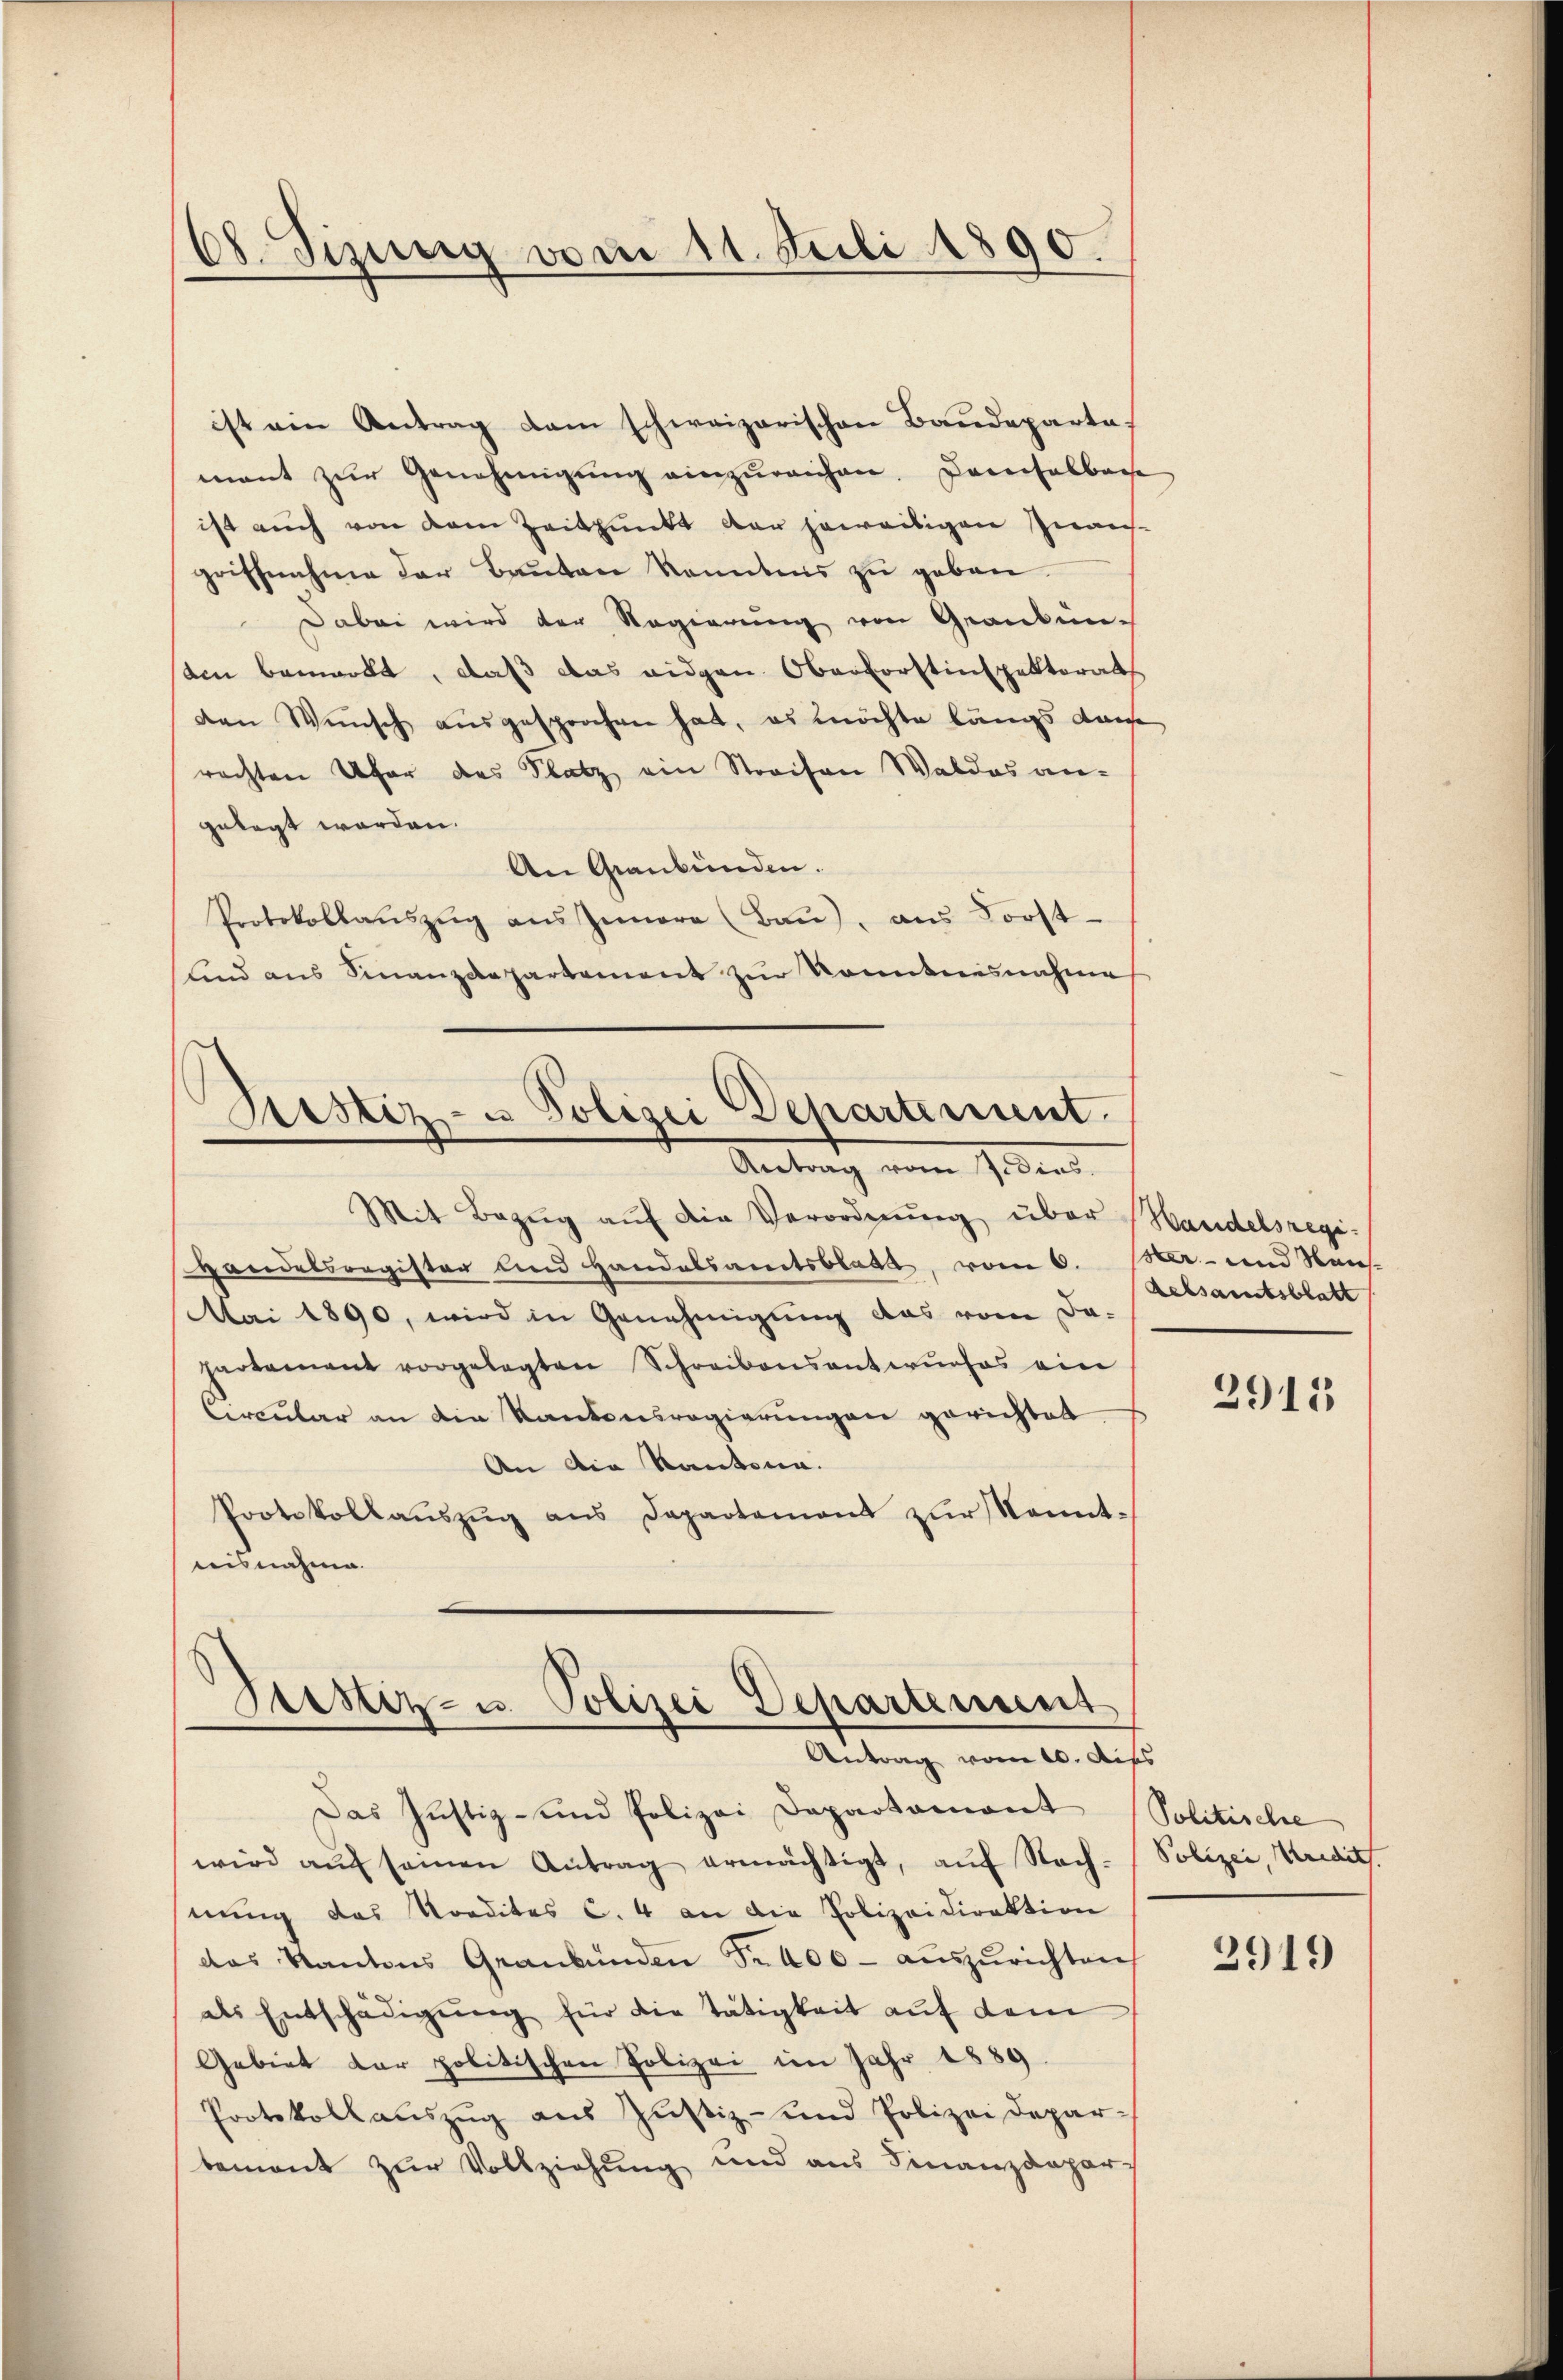
68. Sizung vom 11. Juli 1890.

ist ein Antrag dem schweizerischen Baudepartemant zŭr Genehmigŭng einzŭreichen. Dareifelbare
ist auch von dem Zeitpunkt der jeweitigen Inansgriffnahme der Bauten konntens zu geben.
Dabei wird der Regierung von Granken-
den bemerkt, daß das eidgen Oberforstinspektorats
den Wunsch ausgesprochen hat, es möchte längs dans
rachten Ufer des Platz ein Streifen Waldes angelegt worden.
An Graubünden.
Protokollaŭszŭg ans Innere (Baŭ), ans Forst-
Lind aus Finanzdepartement zur Kenntnisnahme

Justiz- u Polizei Departement.
Antrag vom Gedins.

Mit Bezŭg aŭf die Verordnŭng über Handelsregi¬
Handelsregister und Handelsamtsblatt, vom 6. Mar- und Neu-
Mai 1890, wird in Genehmigung das vom Da-
partement vorgelegten Schreibensantwŭrfes ein
Circular an die Kantonsregierungen gerichtet
An die Kantona
Protokollaŭszŭg ans Departement zŭr Kenntisnahme.

Gustiz- u. Polizei Departement
Antrag vom 10. Auss

Das Justiz- und Polizei Departamont Politische
wird aŭf seinen Antrag ermächtigt, aŭf Nach-
nung das Vordites C. 4 an die Polizeidirektion
das Kantons Graubünden Fr. 400 - auszurichten
als Entschädigŭng für die Tätigkeit aŭf dem
Gebiet dar politischen Polizei im Jahr 1889
Protokollauszug aus Justiz- und Polizei Depar-
bement zur Vollziehung und aus Finanzdepar

Rebsamtsblatt

2915

Polizei, Kredits.

2919